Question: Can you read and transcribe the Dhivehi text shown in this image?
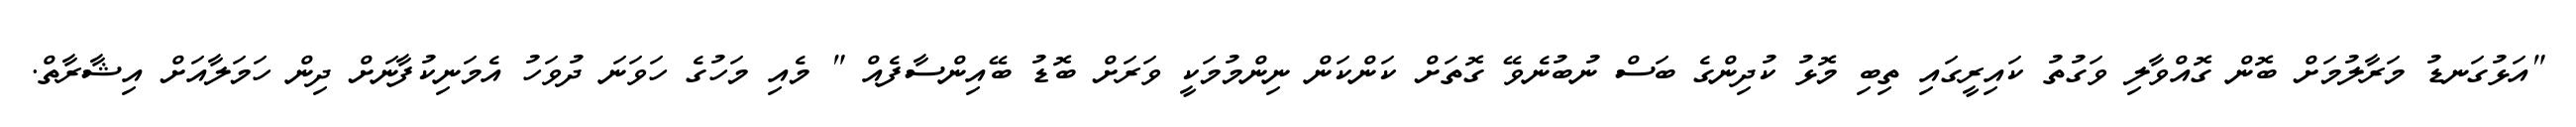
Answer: "އަޅުގަނޑު މަރާލުމަށް ބޮން ގޮއްވާލި ވަގުތު ކައިރީގައި ތިބި މޮޅު ކުދިންގެ ބަސް ނުބުނެވޭ ގޮތަށް ކަންކަން ނިންމުމަކީ ވަރަށް ބޮޑު ބޭއިންސާފެއް " މެއި މަހުގެ ހަވަނަ ދުވަހު އެމަނިކުފާނަށް ދިން ހަމަލާއަށް އިޝާރާތް.